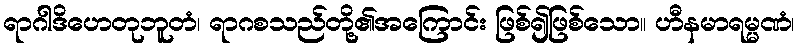
ရာဂါဒိဟေတုဘူတံ၊ ရာဂစသည်တို့၏အကြောင်း ဖြစ်၍ဖြစ်သော။ ဟီနမာရမ္မဏံ၊